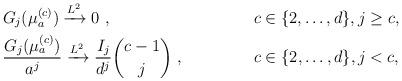
LaTeX: \begin{align*} &G_{j}(\mu^{(c)}_{a}) \xrightarrow{L^{2}} 0 ~, & c \in \{ 2,\ldots,d \}, j\geq c , \\ &\frac{G_{j}(\mu^{(c)}_{a})}{a^{j}} \xrightarrow{L^{2}} \frac{I_{j}}{d^{j}} \binom{c-1}{j} ~, & c \in \{ 2,\ldots,d \}, j < c ,\end{align*}